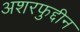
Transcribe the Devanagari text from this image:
अशरफुद्दीन